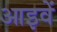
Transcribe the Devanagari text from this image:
आइवें